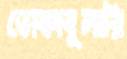
ভোকাবুলারি